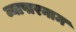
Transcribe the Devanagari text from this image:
व्यापारनाम